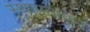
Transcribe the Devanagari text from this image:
स्थापनाकर